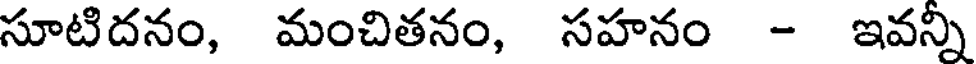
సూటిదనం, మంచితనం, సహనం - ఇవన్ని